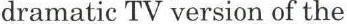
dramatic TV version of the